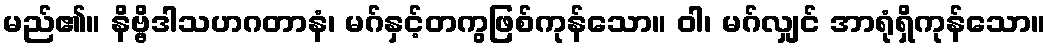
မည်၏။ နိဗ္ဗိဒါသဟဂတာနံ၊ မဂ်နှင့်တကွဖြစ်ကုန်သော။ ဝါ၊ မဂ်လျှင် အာရုံရှိကုန်သော။